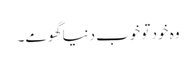
وہ خود تو خوب دنیا گھومے۔